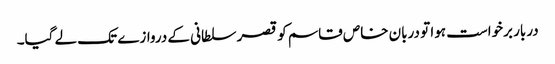
دربار برخواست ہوا تو دربان خاص قاسم کو قصر سلطانی کے دروازے تک لے گیا۔